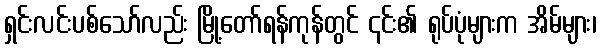
ရှင်းလင်းပစ်သော်လည်း မြို့တော်ရန်ကုန်တွင် ၎င်း၏ ရုပ်ပုံများက အိမ်များ၊